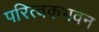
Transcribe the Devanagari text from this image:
परित्वकभवन